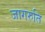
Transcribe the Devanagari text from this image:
जागरुति